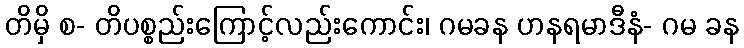
တိမှိ စ- တိပစ္စည်းကြောင့်လည်းကောင်း၊ ဂမခန ဟနရမာဒီနံ- ဂမ ခန